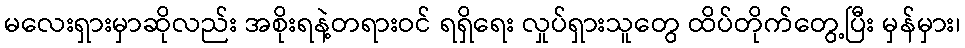
မလေးရှားမှာဆိုလည်း အစိုးရနဲ့တရားဝင် ရရှိရေး လှုပ်ရှားသူတွေ ထိပ်တိုက်တွေ့ပြီး မှန်မှား၊